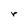
Character: r